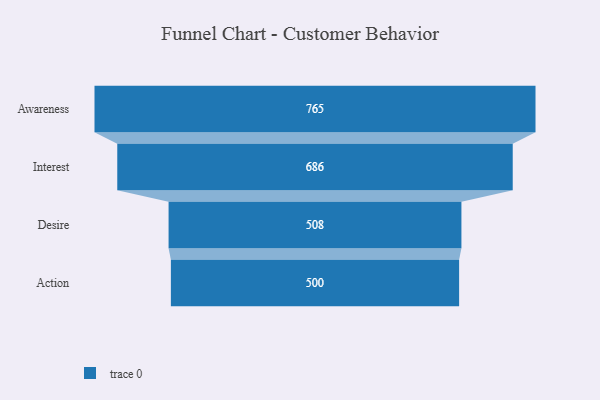
{"axis": {"x": "Stage", "y": "Value"}, "legend": [""], "data": [{"x": "Awareness", "y": 765.0, "type": ""}, {"x": "Interest", "y": 686.0, "type": ""}, {"x": "Desire", "y": 508.0, "type": ""}, {"x": "Action", "y": 500, "type": ""}]}